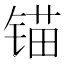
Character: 锚